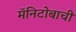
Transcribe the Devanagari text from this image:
मॅनिटोबाची